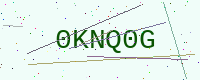
Text: 0KNQ0G